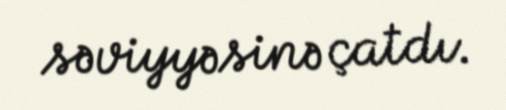
səviyyəsinə çatdı.